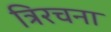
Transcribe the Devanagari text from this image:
त्रिरचना